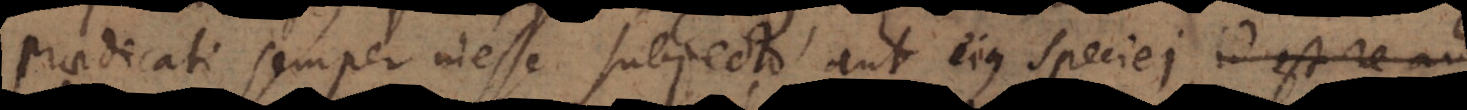
praedicati semper inesse subjecto aut ejus speciei., id est – re